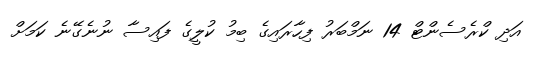
އަދި ކްރެސެންޓް 14 ނަމްބަރު ފިހާރައިގެ ބިމު ކުލީގެ ފައިސާ ނުނެގޭނެ ކަމަށް